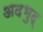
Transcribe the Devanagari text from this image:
अदभुद्